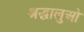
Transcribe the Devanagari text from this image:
श्रद्धालुओ